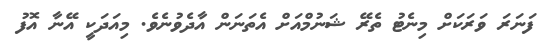
ފަނަރަ ވަރަކަށް މިނެޓު ތެރޭ ޝަނުމްއަށް އެތަނަން އާދެވުނެވެ. މިއަދަކީ އޭނާ އޮފު